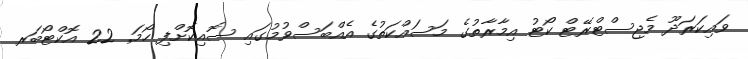
ވައިކަރަދޫ މެޖިސްޓްރޭޓް ކޯޓު އިމާރާތުގެ މަސައްކަތުގެ އެއްބަސްވުމުގައި ސޮއިކޮށްފި ހޯމަ